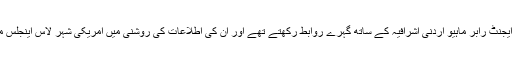
امریکی خفیہ ادارے ایف بی آئی کے ایک ایجنٹ رابر ماہیو اردنی اشرافیہ کے ساتھ گہرے روابط رکھتے تھے اور اُن کی اطلاعات کی روشنی میں امریکی شہر لاس اینجلس میں ایک خصوصی تقریب کا اہتمام کیا گیا۔